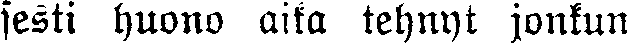
sesti huono aika tehnyt jonkun